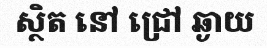
ស្ថិត នៅ ជ្រៅ ឆ្ងាយ